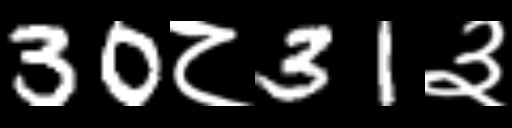
Text: 30८31३